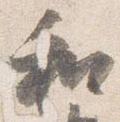
和